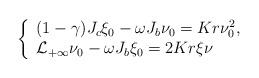
LaTeX: \begin{align*} \left\{\begin{array}{lll}(1-\gamma) J_c\xi_0-\omega J_b\nu_0=K r \nu^2_0,\\\mathcal L_{+\infty}\nu_0 -\omega J_b \xi_0 =2Kr\xi \nu\\\end{array}\right.\end{align*}